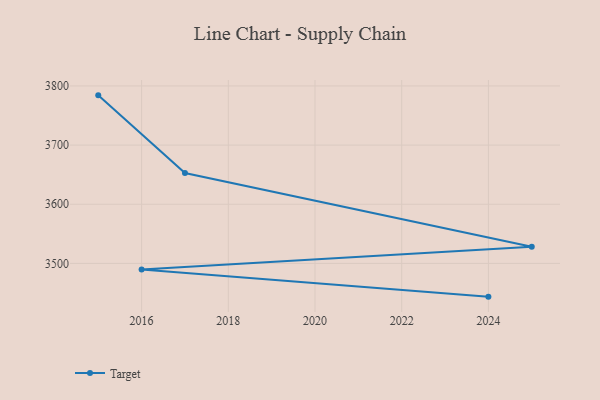
{"axis": {"x": "Year", "y": "Page Views"}, "legend": ["Target"], "data": [{"x": "2015", "y": 3784.1, "type": "Target"}, {"x": "2017", "y": 3652.9, "type": "Target"}, {"x": "2025", "y": 3528.0, "type": "Target"}, {"x": "2016", "y": 3489.8, "type": "Target"}, {"x": "2024", "y": 3443.8, "type": "Target"}]}